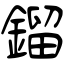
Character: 鎦